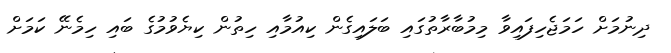
ދިނުމަށް ހަމަޖެހިފައިވާ މިމުބާރާތުގައި ބަލައިގެން ކިއުމާއި ހިތުން ކިޔެވުމުގެ ބައި ހިމެނޭ ކަމަށް